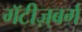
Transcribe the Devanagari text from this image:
गॅटीज़्बर्ग